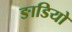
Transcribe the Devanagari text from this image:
ङाडियो